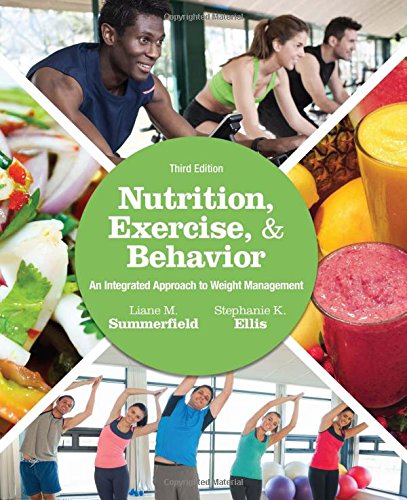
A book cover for Nutrition, Exercise, and Behavior: An Integrated Approach to Weight Management; Liane M. Summerfield; Medical Books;